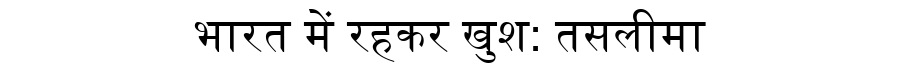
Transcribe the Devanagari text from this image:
भारत में रहकर खुश: तसलीमा